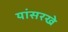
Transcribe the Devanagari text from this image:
यांसरखे